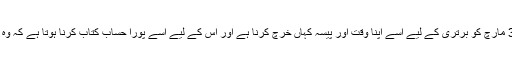
ان کا کہنا ہے کہ یہ امیدوار نے فیصلہ کرنا ہوتا ہے کہ3 مارچ کو برتری کے لیے اسے اپنا وقت اور پیسہ کہاں خرچ کرنا ہے اور اس کے لیے اسے پورا حساب کتاب کرنا ہوتا ہے کہ وہ کس ریاست میں زیادہ سے زیادہ مندوبین جیت سکتا ہے۔